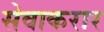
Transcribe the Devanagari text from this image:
सेवाकरार